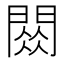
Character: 𫔧